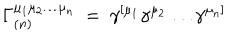
\Gamma _ { ( n ) } ^ { \mu _ { 1 } \mu _ { 2 } \ldots \mu _ { n } } ~ = ~ \gamma ^ { [ \mu _ { 1 } } \gamma ^ { \mu _ { 2 } } \ldots \gamma ^ { \mu _ { n } ] }